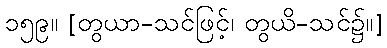
၁၅၉။ [တွယာ-သင်ဖြင့်၊ တွယိ-သင်၌။]